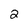
Character: 2